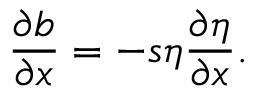
\frac { \partial b } { \partial x } = - s \eta \frac { \partial \eta } { \partial x } .